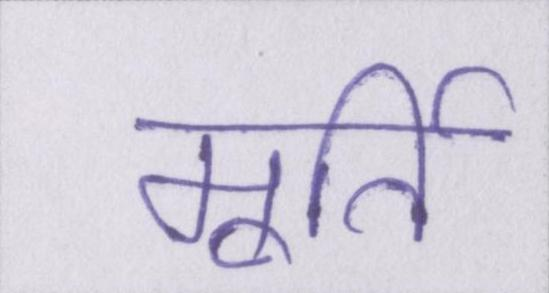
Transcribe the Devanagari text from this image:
मूर्ति